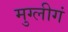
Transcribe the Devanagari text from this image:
मुग्लीगं